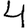
Digit: 4